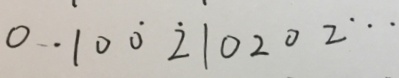
0 . 1 0 \dot { 0 } \dot { 2 } 1 0 2 0 2 \cdots